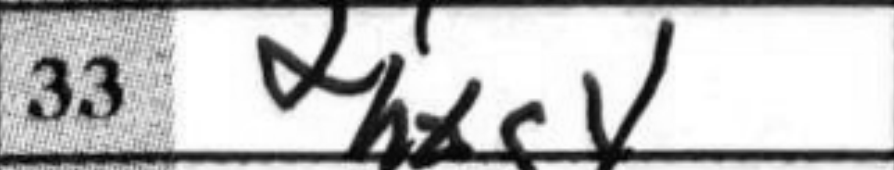
Transcription: hxg4